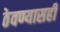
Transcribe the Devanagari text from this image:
ठेवण्यासही